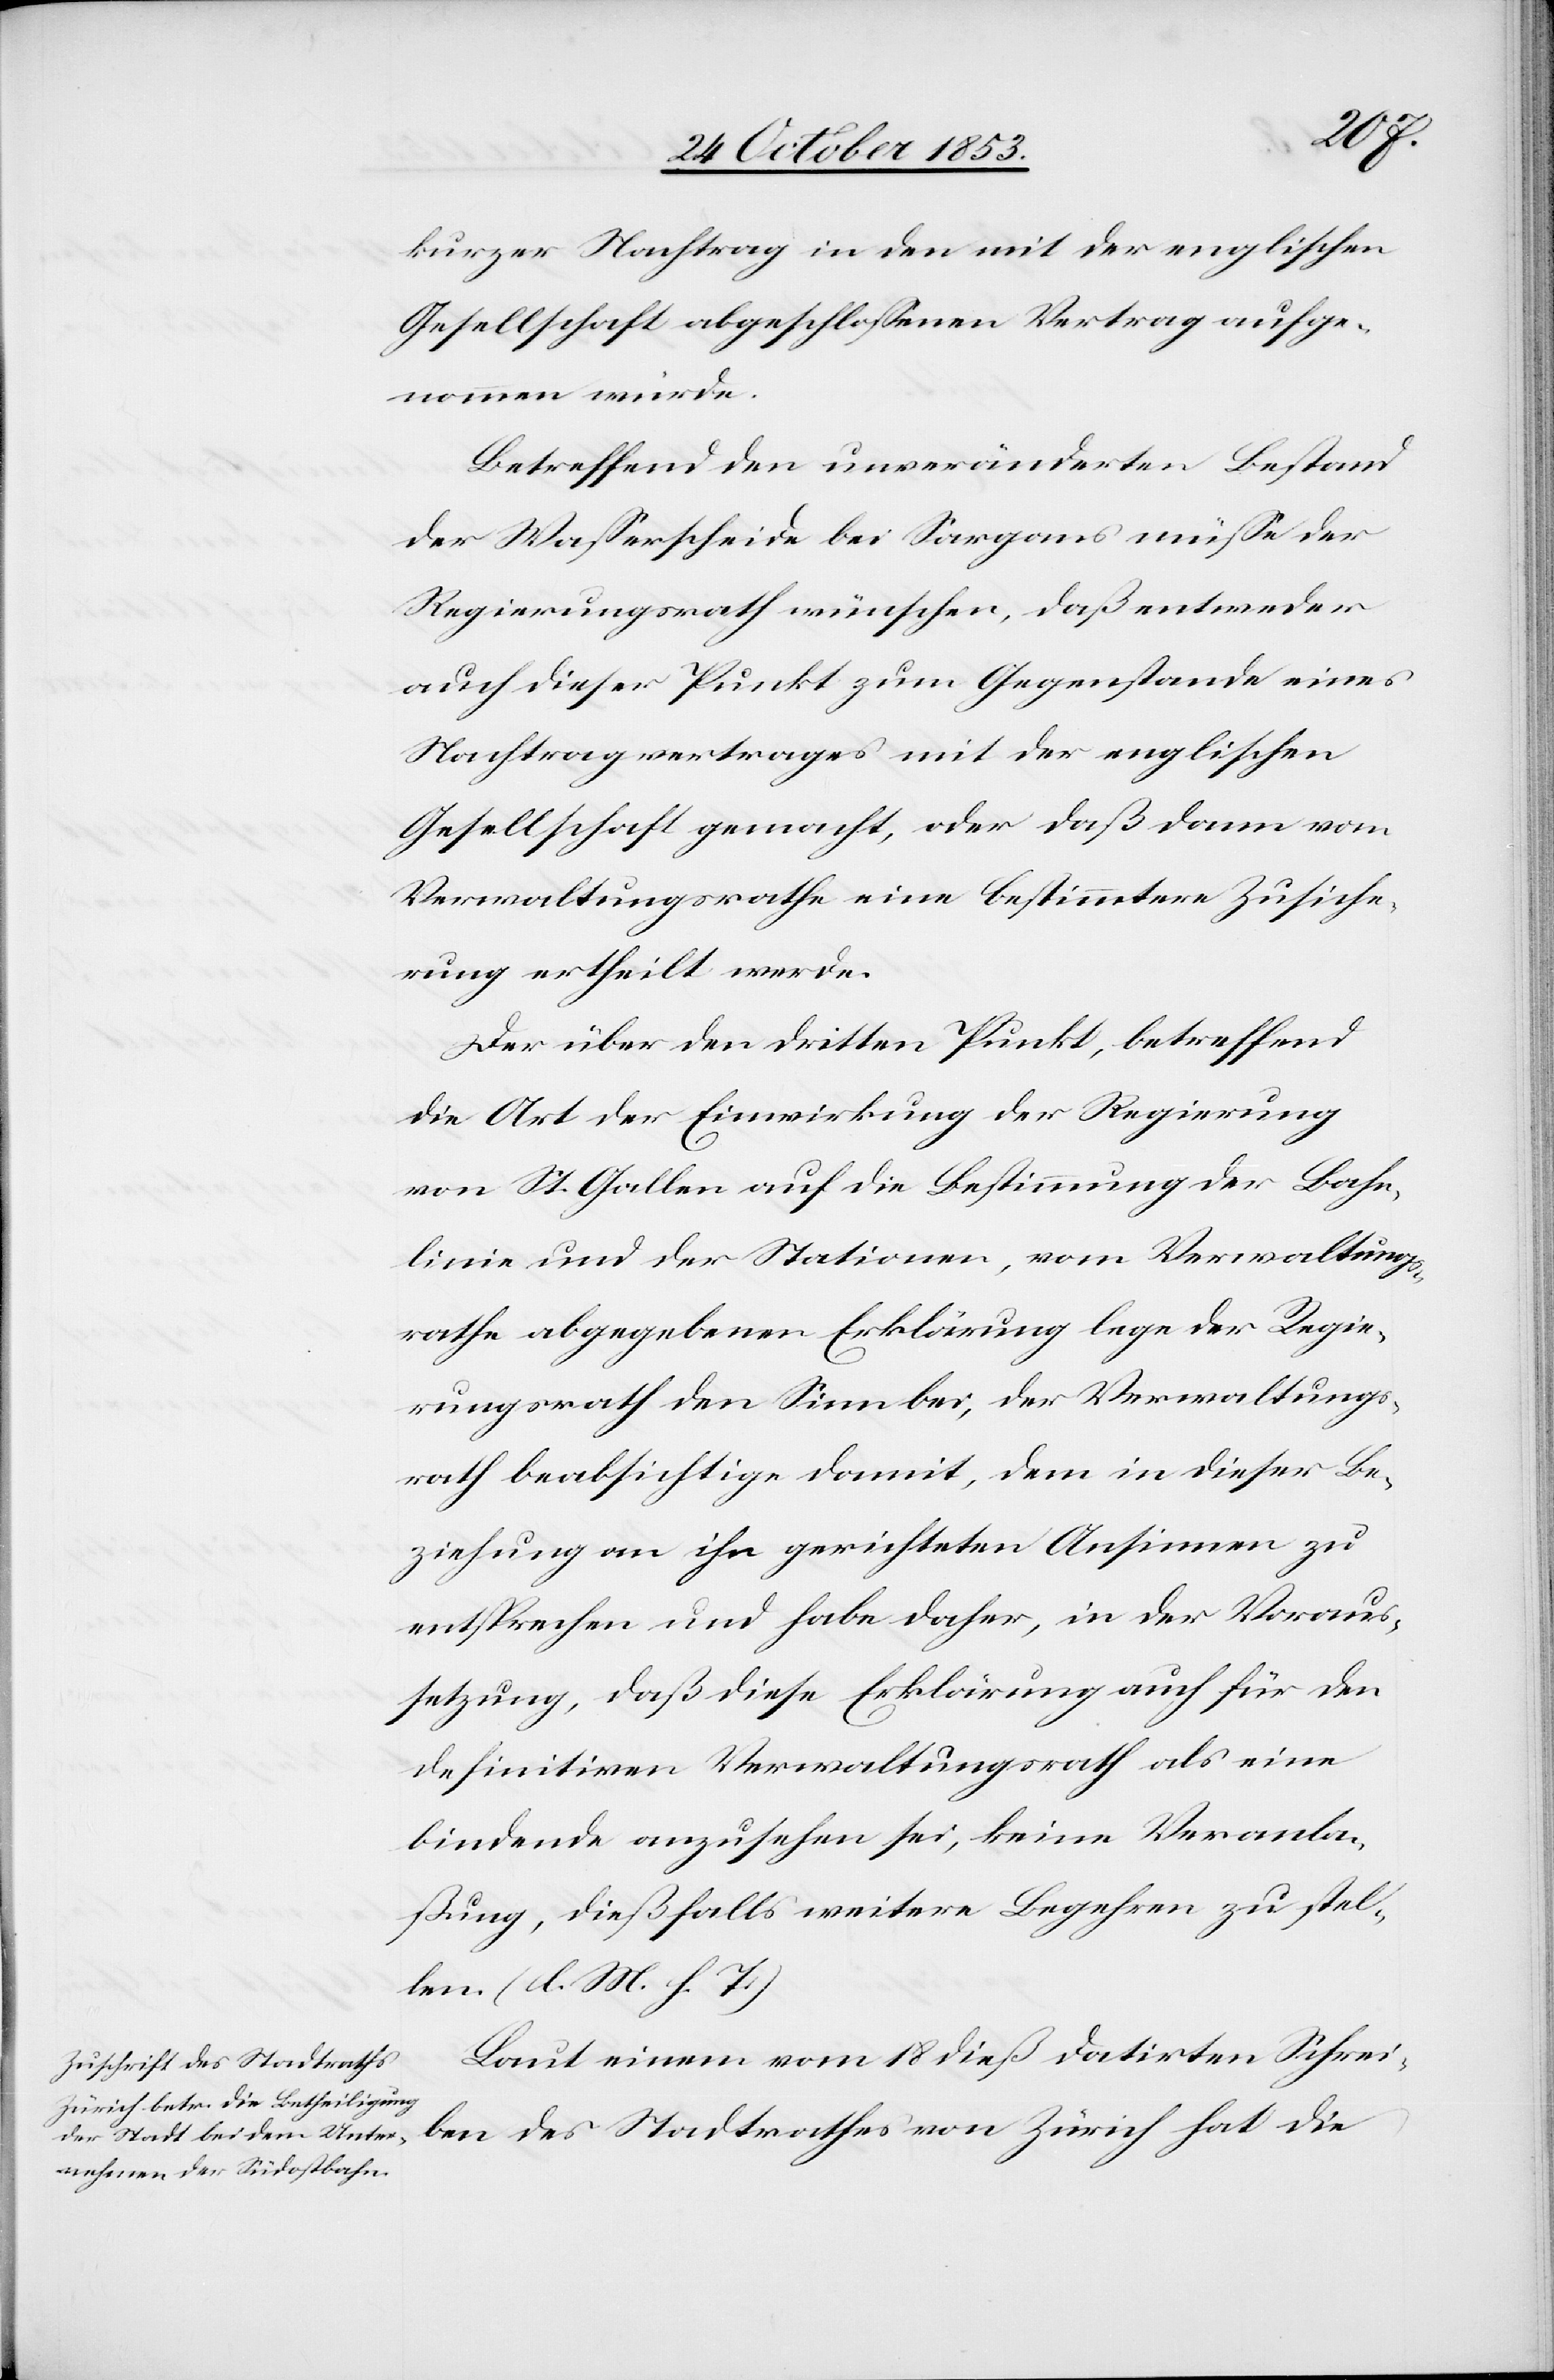
kurzer Nachtrag in den mit der englischen
Gesellschaft abgeschloßenen Vertrag aufge¬
nommen werde.
Betreffend den unveränderten Bestand
der Waßerscheide bei Sargans müße der
Regierungsrath wünschen, daß entweder
auch dieser Punkt zum Gegenstande eines
Nachtragvertrages mit der englischen
Gesellschaft gemacht, oder daß dann vom
Verwaltungsrathe eine bestimmtere Zusiche¬
rung ertheilt werde.
Der über den dritten Punkt, betreffend
die Art der Einwirkung der Regierung
von St. Gallen auf die Bestimmung der Bahn¬
linie und der Stationen, vom Verwaltungs¬
rathe abgegebenen Erklärung lege der Regie¬
rungsrath den Sinn bei, der Verwaltungs¬
rath beabsichtige damit, dem in dieser Be¬
ziehung an ihn gerichteten Ansinnen zu
entsprechen und habe daher, in der Voraus¬
setzung, daß diese Erklärung auch für den
definitiven Verwaltungsrath als eine
bindende anzusehen sei, keine Veranla¬
ßung, dießfalls weitere Begehren zu stel¬
len. [l. M. h. T]
Laut einem vom 18 dieß datirten Schrei¬
ben des Stadtrathes von Zürich hat die